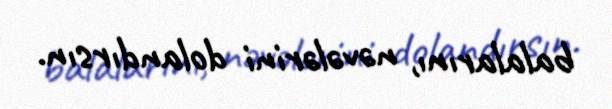
balalarını, nəvələrini dolandırsın.